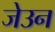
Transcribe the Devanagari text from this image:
जेउन